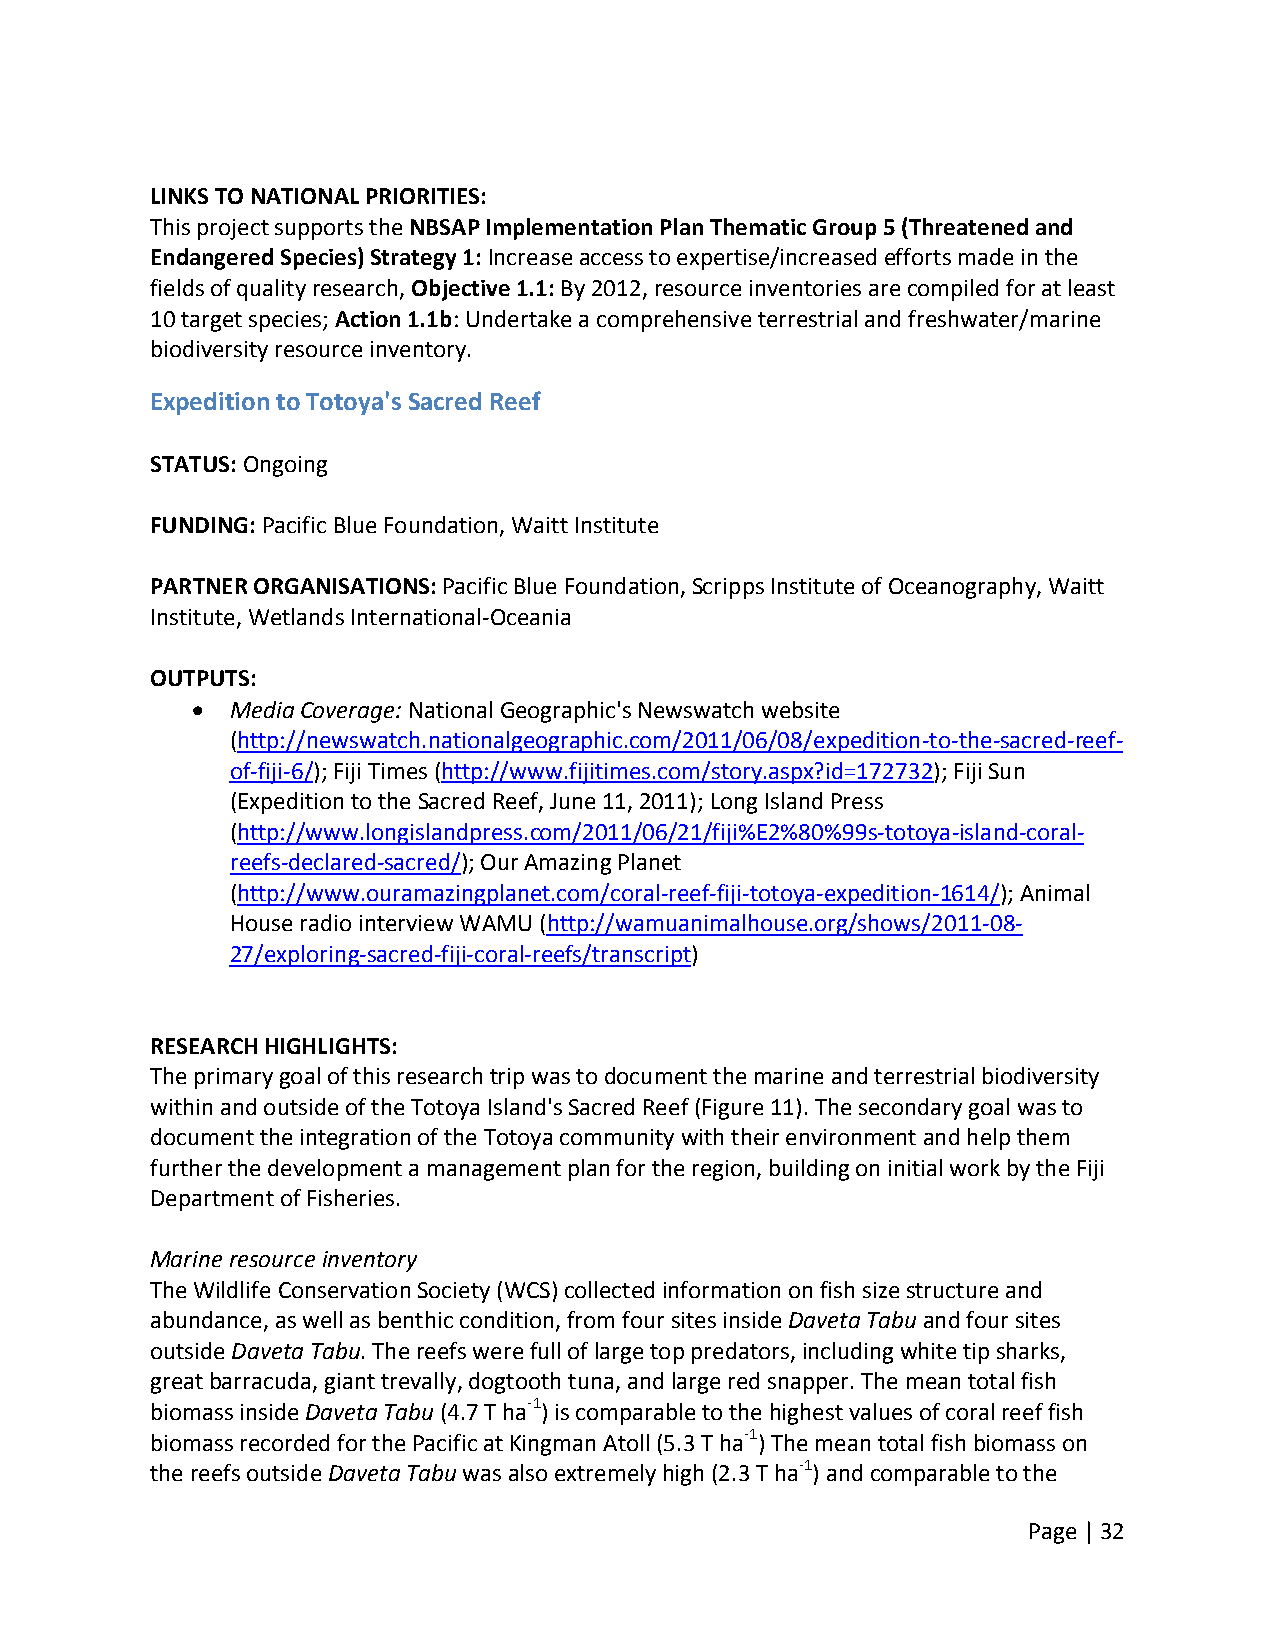
LINKS TO NATIONAL PRIORITIES:
 This project supports the NBSAP Implementation Plan Thematic Group 5 (Threatened and
 Endangered Species) Strategy 1: Increase access to expertise/increased efforts made in the
 fields of quality research, Objective 1.1: By 2012, resource inventories are compiled for at least
 10 target species; Action 1.1b: Undertake a comprehensive terrestrial and freshwater/marine
 biodiversity resource inventory.
 Expedition to Totoya's Sacred Reef
 STATUS: Ongoing
 FUNDING: Pacific Blue Foundation, Waitt Institute
 PARTNER ORGANISATIONS: Pacific Blue Foundation, Scripps Institute of Oceanography, Waitt
 Institute, Wetlands International‐Oceania
 OUTPUTS:
  Media Coverage: National Geographic's Newswatch website
 (http://newswatch.nationalgeographic.com/2011/06/08/expedition‐to‐the‐sacred‐reef‐
 of‐fiji‐6/); Fiji Times (http://www.fijitimes.com/story.aspx?id=172732); Fiji Sun
 (Expedition to the Sacred Reef, June 11, 2011); Long Island Press
 (http://www.longislandpress.com/2011/06/21/fiji%E2%80%99s‐totoya‐island‐coral‐
 reefs‐declared‐sacred/); Our Amazing Planet
 (http://www.ouramazingplanet.com/coral‐reef‐fiji‐totoya‐expedition‐1614/); Animal
 House radio interview WAMU (http://wamuanimalhouse.org/shows/2011‐08‐
 27/exploring‐sacred‐fiji‐coral‐reefs/transcript)
 RESEARCH HIGHLIGHTS:
 The primary goal of this research trip was to document the marine and terrestrial biodiversity
 within and outside of the Totoya Island's Sacred Reef (Figure 11). The secondary goal was to
 document the integration of the Totoya community with their environment and help them
 further the development a management plan for the region, building on initial work by the Fiji
 Department of Fisheries.
 Marine resource inventory
 The Wildlife Conservation Society (WCS) collected information on fish size structure and
 abundance, as well as benthic condition, from four sites inside Daveta Tabu and four sites
 outside Daveta Tabu. The reefs were full of large top predators, including white tip sharks,
 great barracuda, giant trevally, dogtooth tuna, and large red snapper. The mean total fish
 biomass inside Daveta Tabu (4.7 T ha‐1) is comparable to the highest values of coral reef fish
 biomass recorded for the Pacific at Kingman Atoll (5.3 T ha‐1) The mean total fish biomass on
 the reefs outside Daveta Tabu was also extremely high (2.3 T ha‐1) and comparable to the
 Page | 32